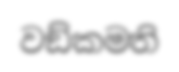
වඞ්කමති